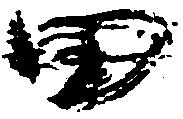
田